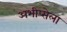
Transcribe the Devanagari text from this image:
अभीप्सेला